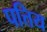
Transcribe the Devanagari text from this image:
पत्तिय